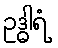
ဥဒ္ဓါရံ